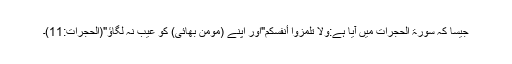
جیسا کہ سورۃ الحجرات میں آیا ہے:وَلاَ تَلْمِزُوا أَنفُسَكُمْ"اور اپنے (مومن بھائی) کو عیب نہ لگاؤ"(الحجرات:11)۔